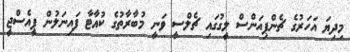
މިދިޔަ އަހަރުގެ ޗެންޕިއަންސް ލީގުގައި ޗެލްސީ ވަނީ މުބާރާތުގެ ކުއާޓާ ފައިނަލުން ޕީއެސްޖީ